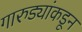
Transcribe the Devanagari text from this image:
गारुड्यांकडून